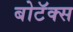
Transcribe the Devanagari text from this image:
बोटॅक्स